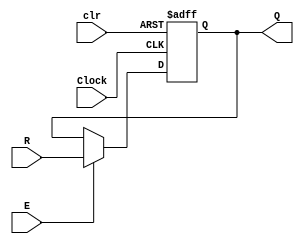
module register(R, Clock, E, clr, Q);
	parameter n = 8;
	input [n-1:0] R;
	input Clock, E, clr;
	output reg [n-1:0] Q;
	
	always@(posedge Clock, negedge clr)
	begin
		if(!clr) Q <= 0;
		else if (E) Q <= R;
	end
endmodule